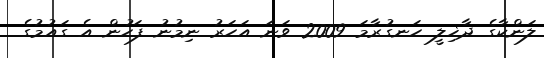
ލަންކާގެ ދާޚިލީ ހަނގުރާމަ 2009 ވަނަ އަހަރު ނިމުނު ފަހުން އެ ގައުމުގެ